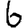
Digit: 6